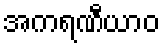
အကရဏီယာဝ